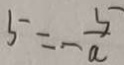
5 = - \frac { 5 } { a }